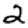
Digit: 2